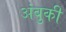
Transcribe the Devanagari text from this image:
अंबुकी